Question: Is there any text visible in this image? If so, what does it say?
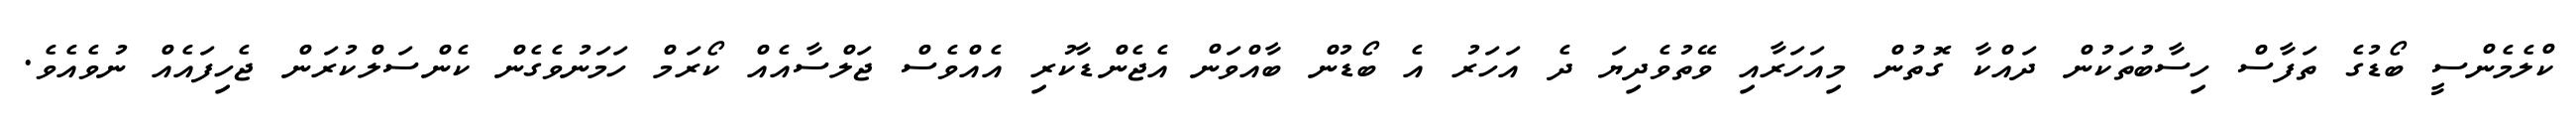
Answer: ކްލެމެންސީ ބޯޑުގެ ތަފާސް ހިސާބުތަކުން ދައްކާ ގޮތުން މިއަހަރާއި ވޭތުވެދިޔަ ދެ އަހަރު އެ ބޯޑުން ބާއްވަން އެޖެންޑާކުރި އެއްވެސް ޖަލްސާއެއް ކޯރަމް ހަމަނުވެގެން ކެންސަލްކުރަން ޖެހިފައެއް ނުވެއެވެ.